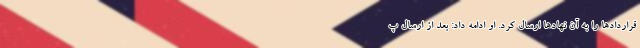
قراردادها را به آن نهادها ارسال کرد. او ادامه داد: بعد از ارسال پ